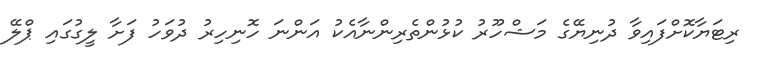
ރިޓަޔާކޮށްފައިވާ ދުނިޔޭގެ މަޝްހޫރު ކުޅުންތެރިންނާއެކު އަންނަ ހޮނިހިރު ދުވަހު ފަށާ ލީގުގައި ޕްލޭ